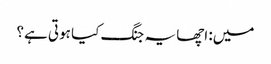
میں: اچھا یہ جنگ کیا ہوتی ہے؟